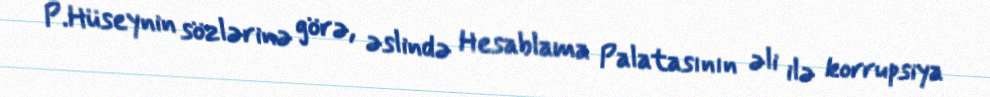
P.Hüseynin sözlərinə görə, əslində Hesablama Palatasının əli ilə korrupsiya